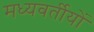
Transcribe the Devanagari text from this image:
मध्यवर्तीयों